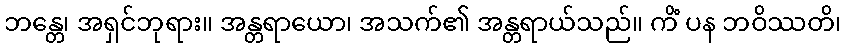
ဘန္တေ၊ အရှင်ဘုရား။ အန္တရာယော၊ အသက်၏ အန္တရာယ်သည်။ ကိံ ပန ဘဝိဿတိ၊